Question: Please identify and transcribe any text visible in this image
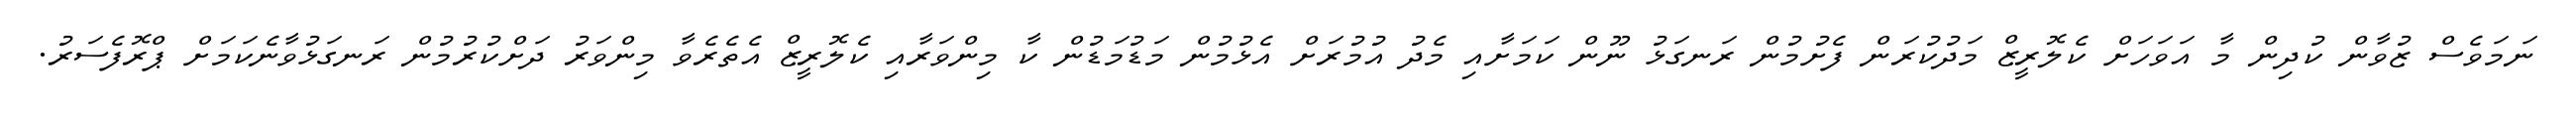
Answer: ނަމަވެސް ޒުވާން ކުދިން މާ އަވަހަށް ކެލޮރީޒް މަދުކުރަން ފެށުމުން ރަނގަޅު ނޫން ކަމަށާއި މެދު އުމުރަށް އެޅުމުން މަޑުމަޑުން ކާ މިންވަރާއި ކެލޮރީޒް އެތެރެވާ މިންވަރު ދަށްކުރުމުން ރަނގަޅުވާނެކަމަށް ޕްރޮފެސަރު.